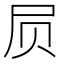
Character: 屃